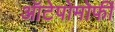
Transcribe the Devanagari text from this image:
ऑटेपोमोर्फी